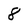
Character: 8